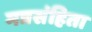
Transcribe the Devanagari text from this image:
मत्रसंहिता